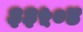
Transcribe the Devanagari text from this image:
३३५०४